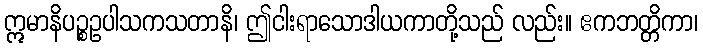
ဣမာနိပဉ္စဥပါသကသတာနိ၊ ဤငါးရာသောဒါယကာတို့သည် လည်း။ ဧကဘတ္တိကာ၊